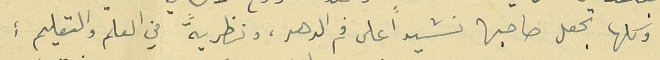
وكلها تجعل صاحبها نشيداً على فم الدهر، ونظريّةً في العلم والتعليم :